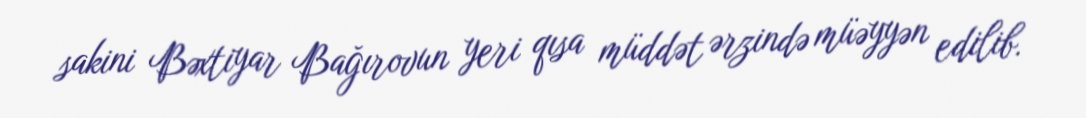
sakini Bəxtiyar Bağırovun yeri qısa müddət ərzində müəyyən edilib.